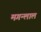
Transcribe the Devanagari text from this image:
मगन्लाल